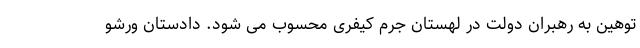
توهین به رهبران دولت در لهستان جرم کیفری محسوب می شود. دادستان ورشو